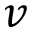
v